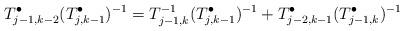
LaTeX: \begin{align*}T_{j-1,k-2}^\bullet(T_{j,k-1}^\bullet)^{-1}=T_{j-1,k}^{-1}(T_{j,k-1}^\bullet)^{-1}+T_{j-2,k-1}^\bullet (T_{j-1,k}^\bullet)^{-1}\end{align*}